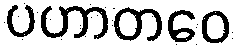
ပဟာတဝေ